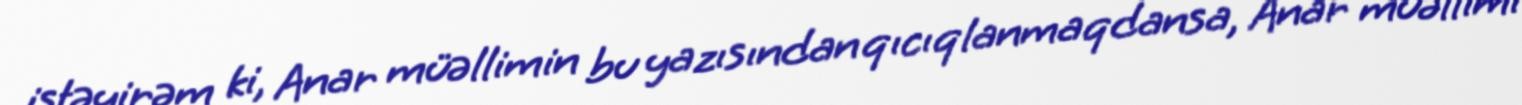
istəyirəm ki, Anar müəllimin bu yazısından qıcıqlanmaqdansa, Anar müəllimi